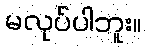
မလုပ်ပါဘူး။